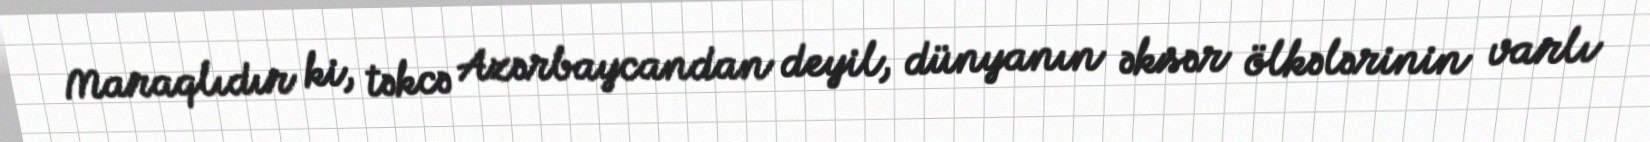
Maraqlıdır ki, təkcə Azərbaycandan deyil, dünyanın əksər ölkələrinin varlı